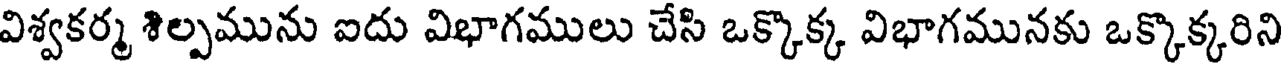
విశ్వకర్మ శిల్పమును ఐదు విభాగములు చేసి ఒక్కొక్క విభాగమునకు ఒక్కొక్కరిని